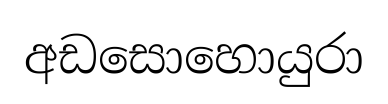
අඩසොහොයුරා